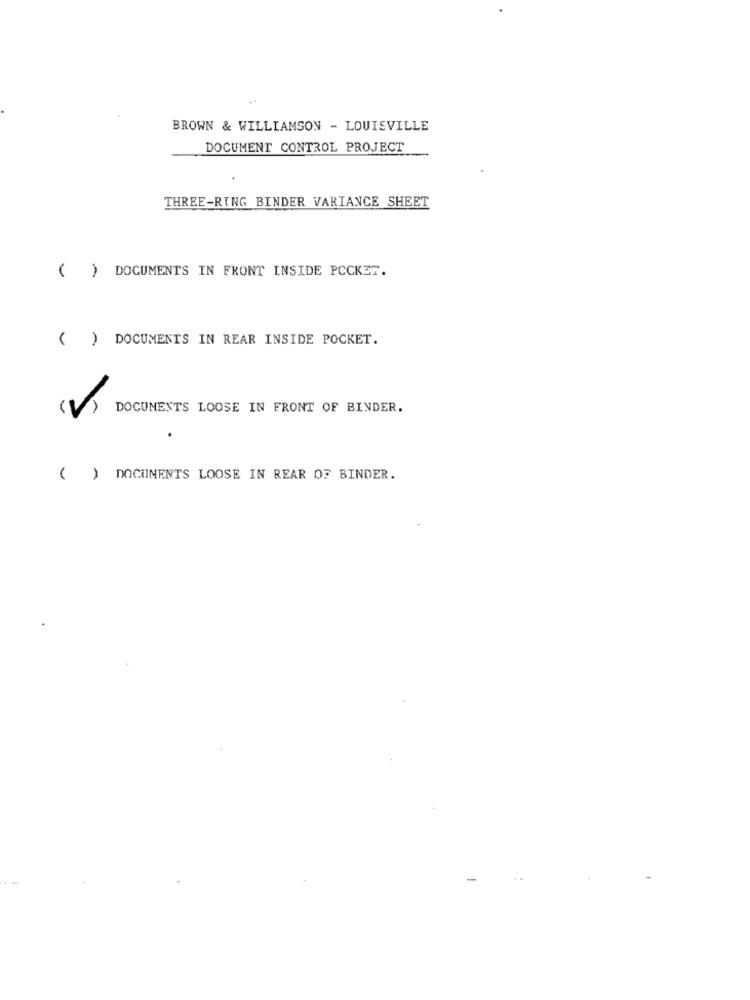
BROWN & WILLIAMSON - LOUISVILLE
DOCUMENT CONTROL PROJECT
THREE-RING BINDER VARIANCE SHEET
( ) DOCUMENTS IN FRONT INSIDE POCKET.
( ) DOCUMENTS IN REAR INSIDE POCKET.
DOCUMENTS LOOSE IN FRONT OF BINDER.
( ) DOCUMENTS LOOSE IN REAR OF BINDER.